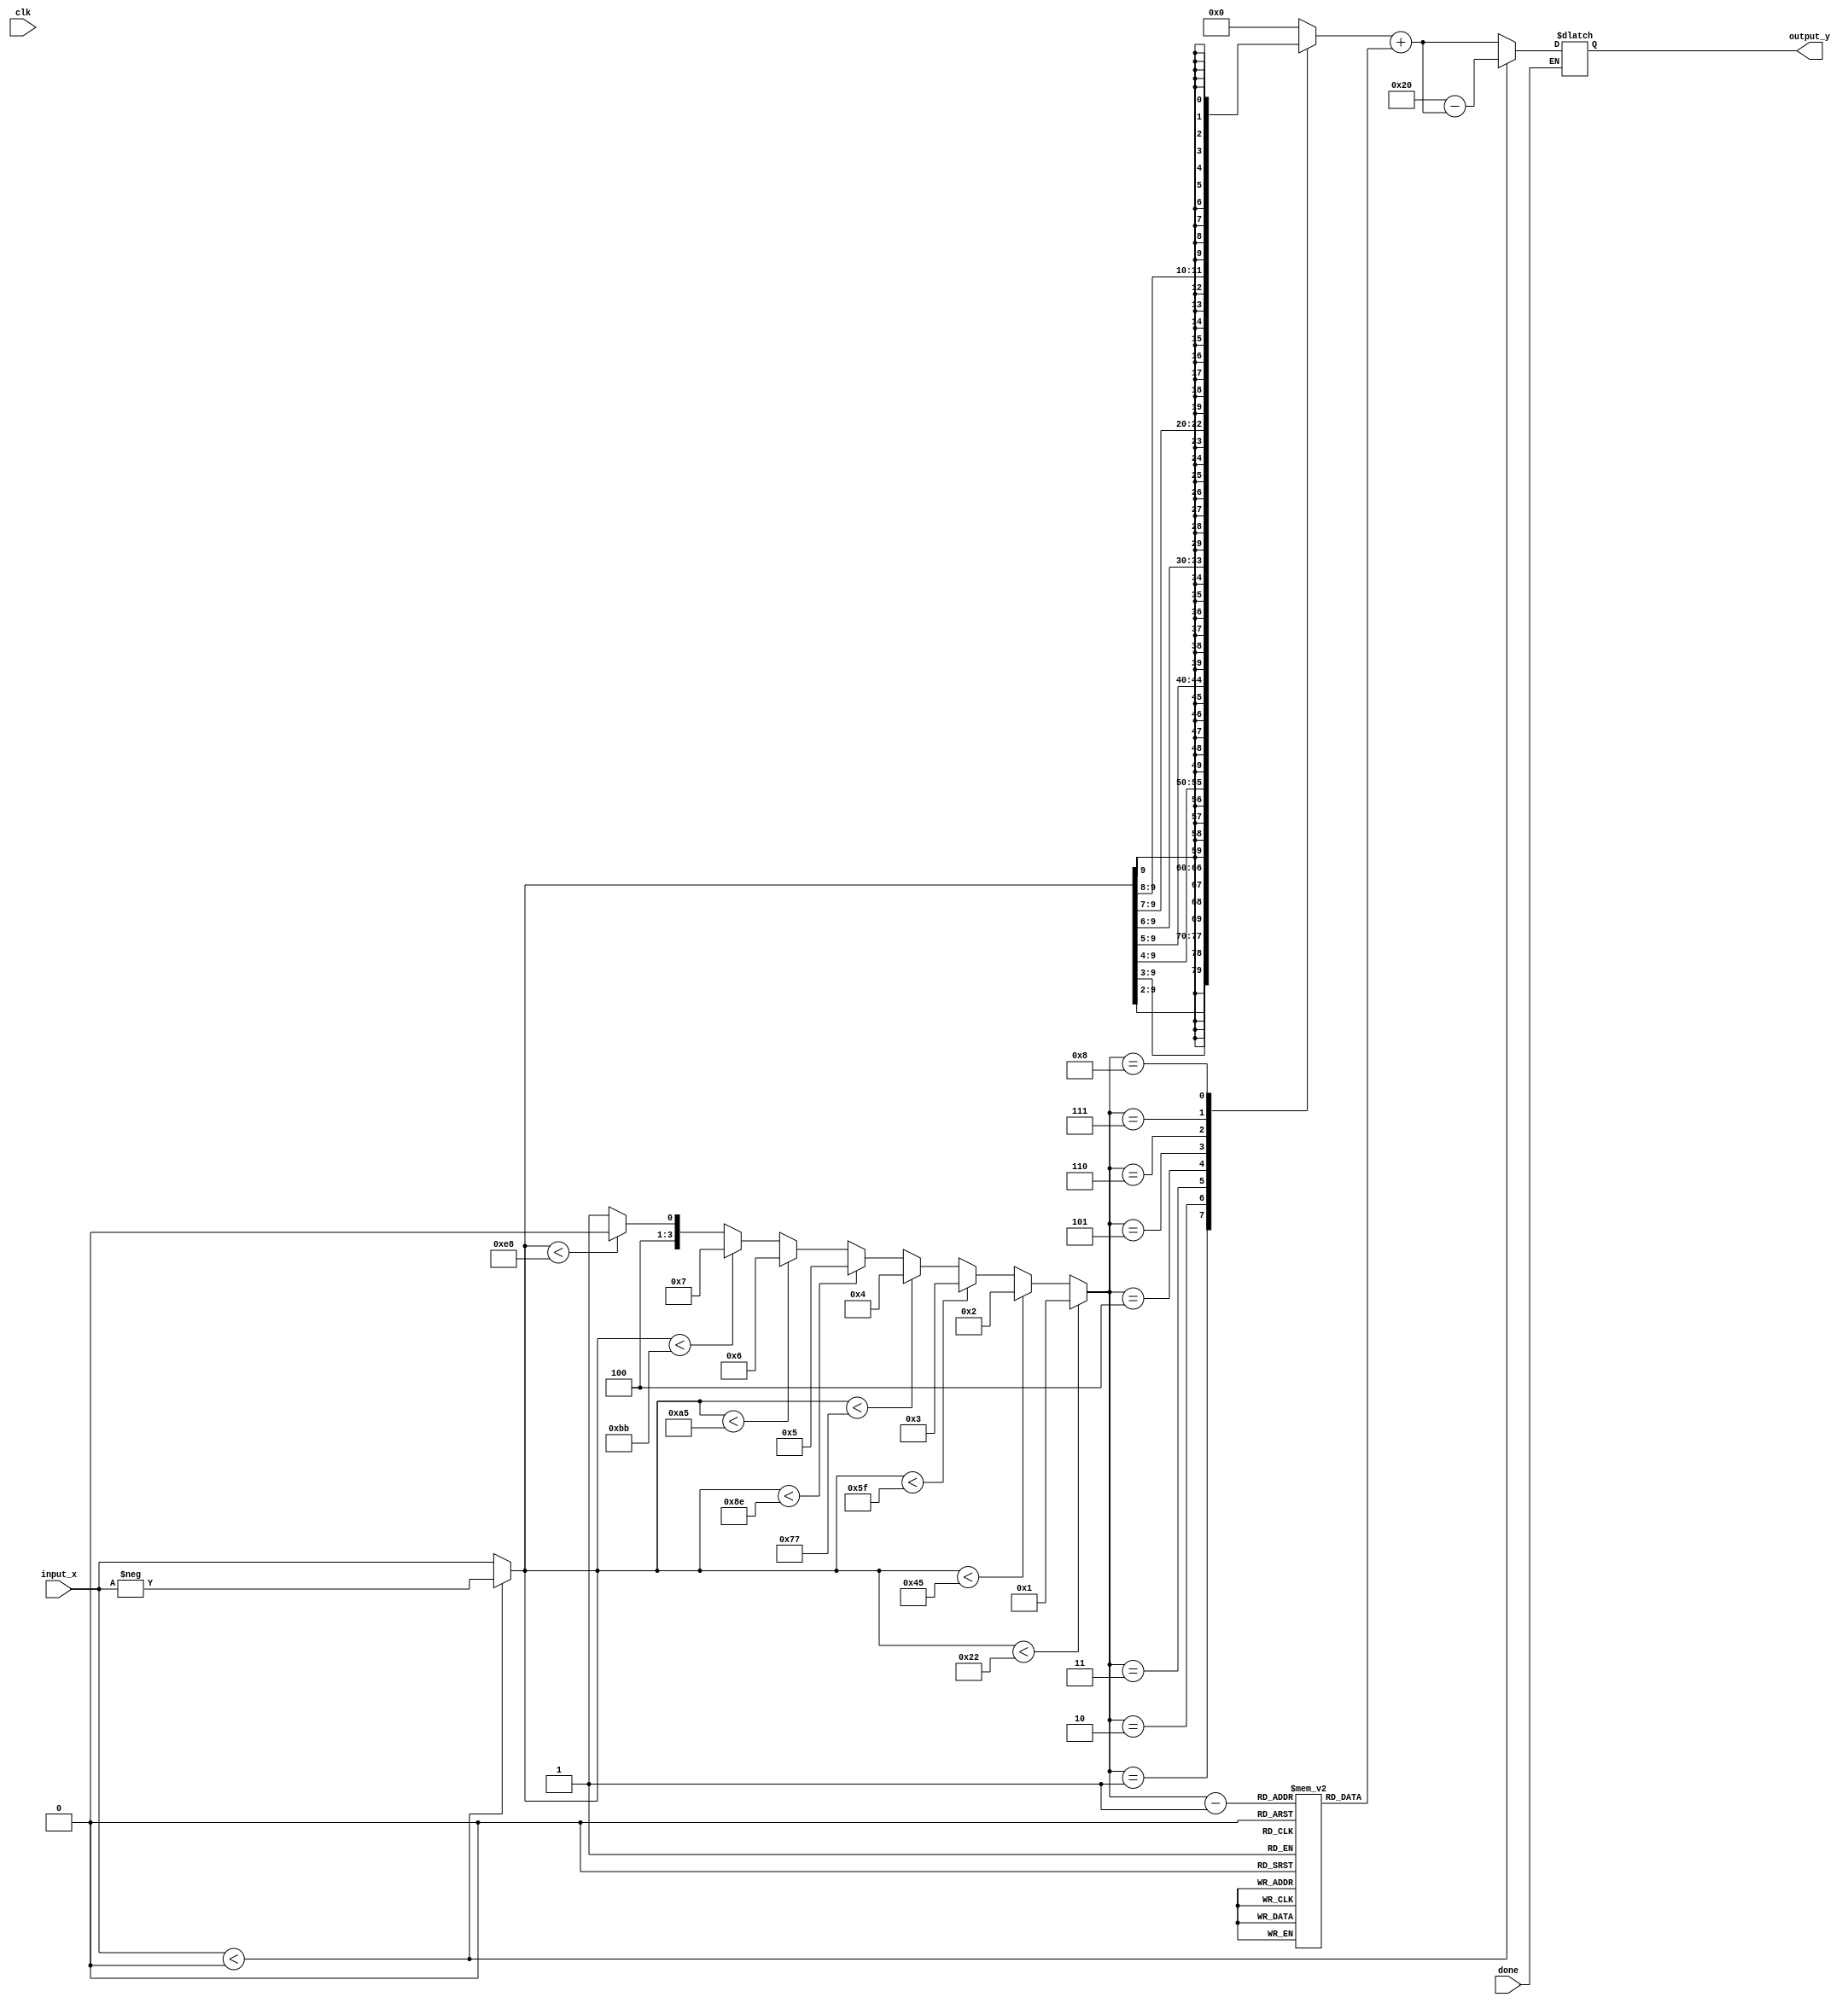
`timescale 1ns / 1ps
//////////////////////////////////////////////////////////////////////////////////
// Company: 
// Engineer: 
// 
// Design Name: 
// Module Name: sigmoid
// Project Name: 
// Target Devices: 
// Tool Versions: 
// Description: 
// 
// Dependencies: 
// 
// Revision:
// Revision 0.01 - File Created
// Additional Comments:
// 
//////////////////////////////////////////////////////////////////////////////////


module sigmoid(clk, done, input_x, output_y);
    parameter bit_size = 10;
    
    
    input wire clk;
    input wire done;
    input wire signed [bit_size-1:0] input_x;
    output reg signed [bit_size-1:0] output_y;    
    
  
    reg signed [bit_size-1:0] x1, x2, x3, b;
    reg [3:0] seg;
   
    reg [bit_size-1:0] constant_b[0:8];
    
   
    
    initial begin
           constant_b[0]='b0000010000;
	       constant_b[1]='b0000010100;
	       constant_b[2]='b0000011001;
	       constant_b[3]='b0000011100;
	       constant_b[4]='b0000011101;
	       constant_b[5]='b0000011111;
	       constant_b[6]='b0000011111;
	       constant_b[7]='b0000100000;
	       constant_b[8]='b0000100000;
    end
    
   
    
     always @(*) begin
        if(done) begin 
            if (input_x < 0) begin
                x1 = -input_x;
            end
            else begin
                x1 = input_x;
            end
            
           if (x1<'b0000100010)
	           seg=1;
	       else if ( x1<'b0001000101)
	            seg=2;
	       else if (x1 <'b0001011111)
	           seg=3;
	       else if (x1<'b0001110111)
	           seg=4;
	       else if ( x1<'b0010001110)
	           seg=5;
	       else if ( x1<'b0010100101)
	           seg=6;
	       else if (x1<'b0010111011)
	           seg=7;
	       else if (x1<'b0011101000) 
	           seg=8;
	       else
	           seg=9;
	           
	       case(seg) 
	           'd1: x2 = x1 >>> 2;
               'd2: x2 = x1 >>> 3;
               'd3: x2 = x1 >>> 4;
               'd4: x2 = x1 >>> 5;
               'd5: x2 = x1 >>> 6;
               'd6: x2 = x1 >>> 7;
               'd7: x2 = x1 >>> 8;
               'd8: x2 = x1 >>> 9;
               'd9: x2 = 0;
               default: x2 = 0;
           endcase 
           b = constant_b[seg-1];
           
           x3 = x2 + b;
           if(input_x <0)
            output_y = 'b00001_00000 - x3;
           else
            output_y = x3;
        end // if (done)
        else begin
        
        end
    end // always
    
   
endmodule